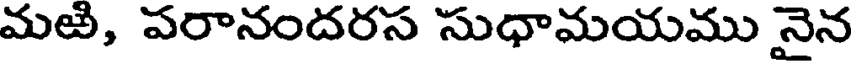
మఱి, పరానందరస సుధామయము నైన